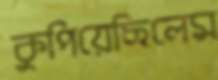
কুপিয়েছিলেম